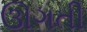
ઊગતી